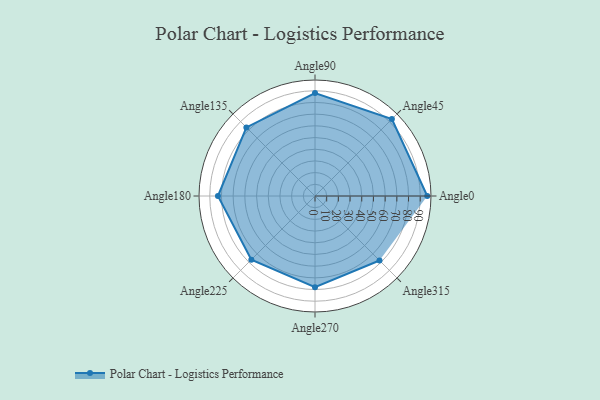
{"axis": {"x": "Angle", "y": "Radius"}, "legend": [""], "data": [{"x": "Angle0", "y": 96.0, "type": ""}, {"x": "Angle45", "y": 93.0, "type": ""}, {"x": "Angle90", "y": 88.0, "type": ""}, {"x": "Angle135", "y": 83.0, "type": ""}, {"x": "Angle180", "y": 83.0, "type": ""}, {"x": "Angle225", "y": 77.0, "type": ""}, {"x": "Angle270", "y": 78.0, "type": ""}, {"x": "Angle315", "y": 78.0, "type": ""}]}